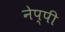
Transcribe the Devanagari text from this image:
नेप्पी